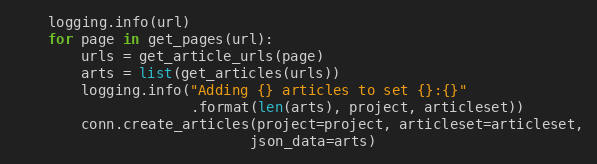
Language: Python
    logging.info(url)
    for page in get_pages(url):
        urls = get_article_urls(page)
        arts = list(get_articles(urls))
        logging.info("Adding {} articles to set {}:{}"
                     .format(len(arts), project, articleset))
        conn.create_articles(project=project, articleset=articleset,
                            json_data=arts)